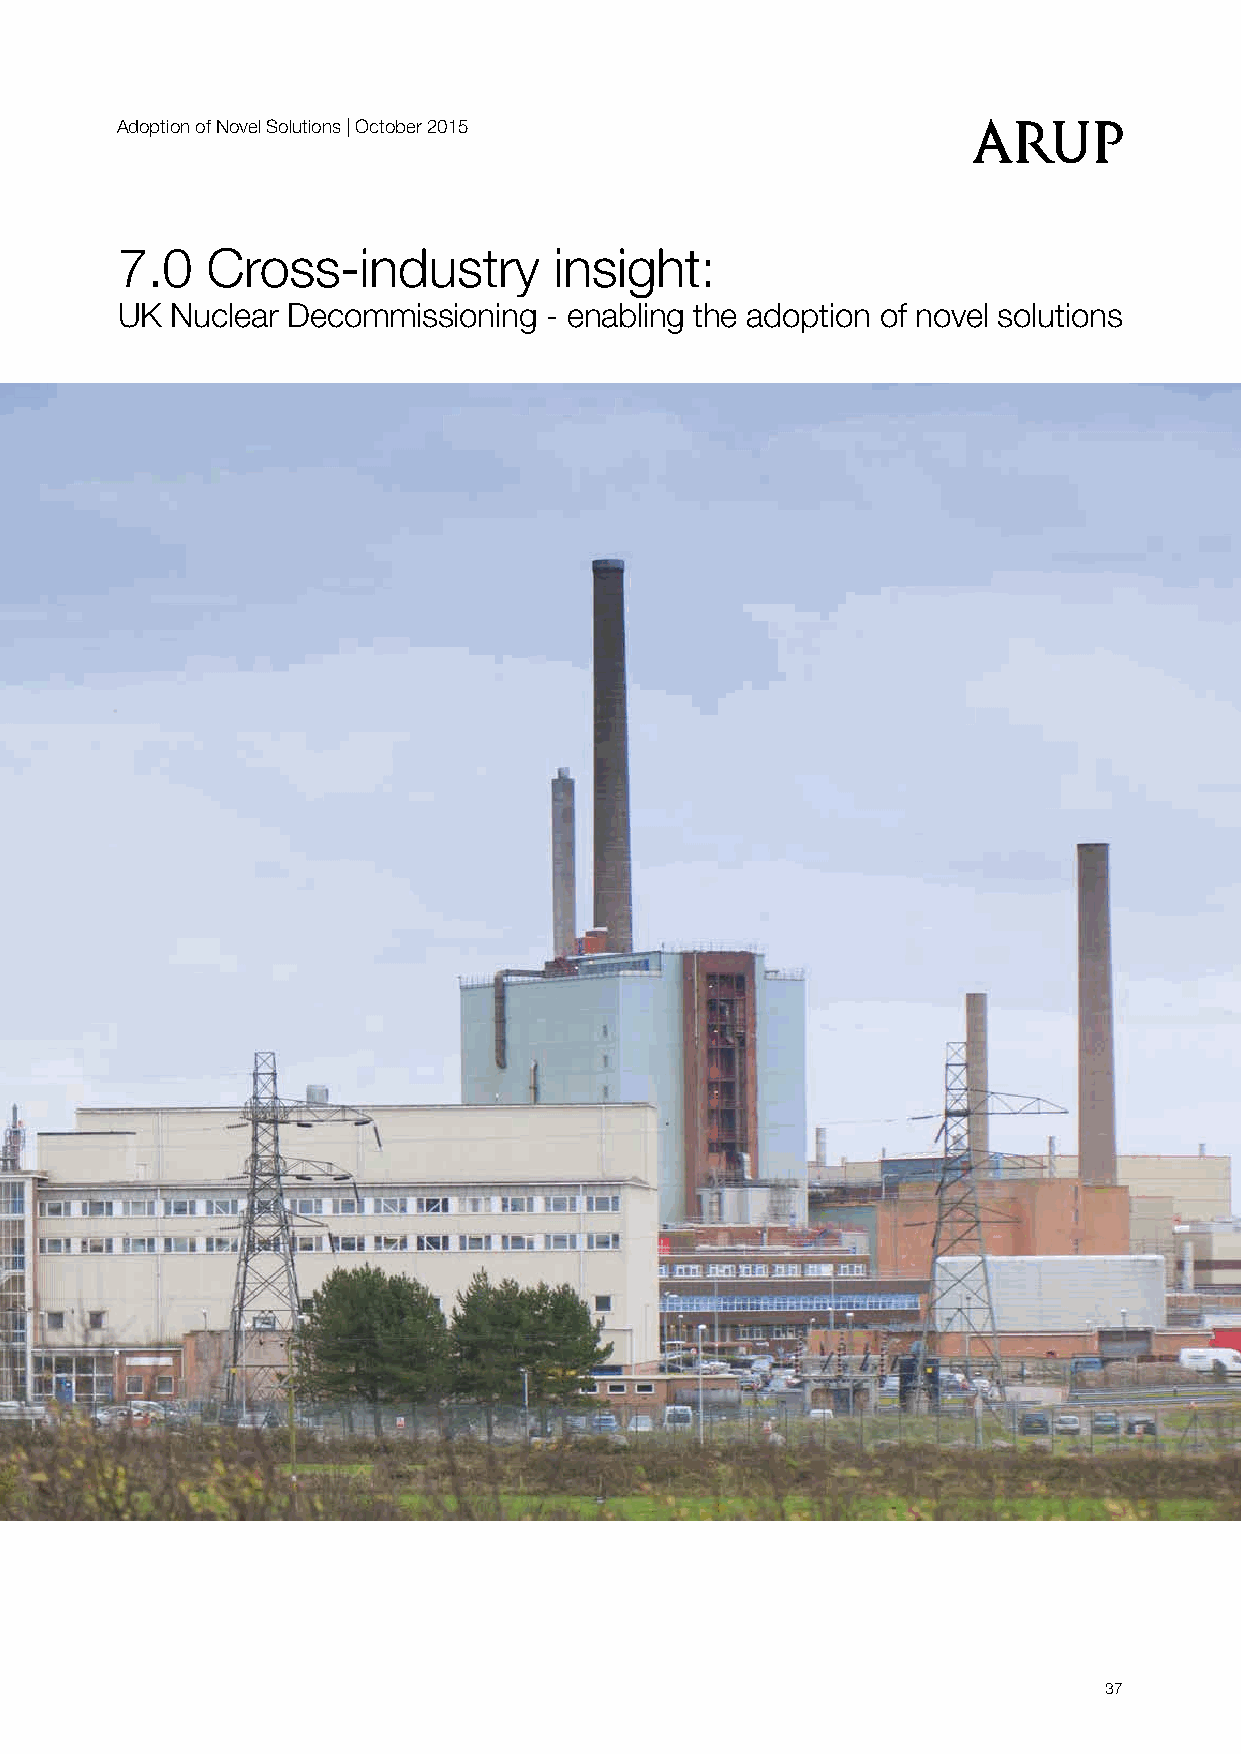
Adoption of Novel Solutions | October 2015
 7.0   Cross-industry         insight:
 UK Nuclear Decommissioning  - enabling the adoption of novel solutions
 37